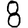
Digit: 8